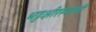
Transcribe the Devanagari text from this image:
भट्टक्षीरस्वामी